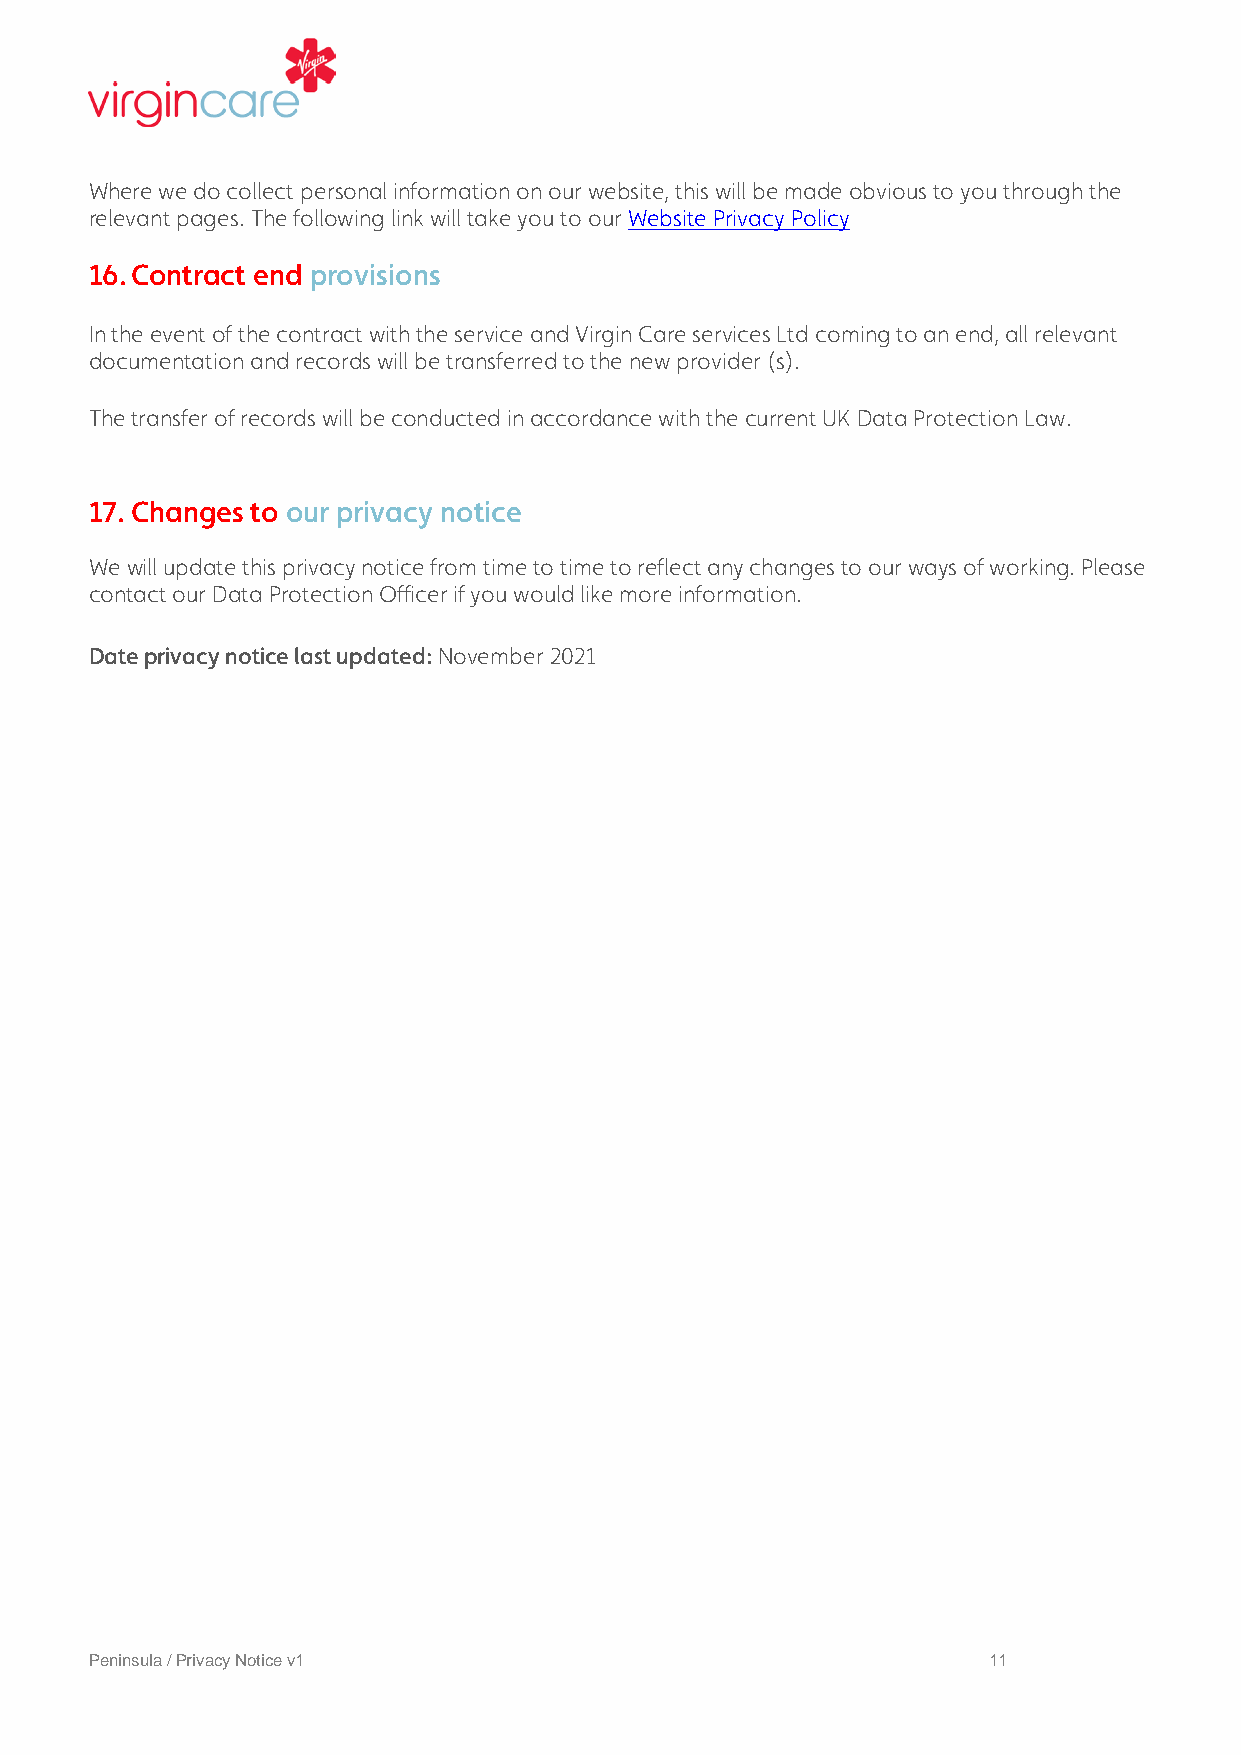
Where we do collect personal information on our website, this will be made obvious to you through the
 relevant pages. The following link will take you to our Website Privacy Policy
 16. Contract end provisions
 In the event of the contract with the service and Virgin Care services Ltd coming to an end, all relevant
 documentation and records will be transferred to the new provider (s).
 The transfer of records will be conducted in accordance with the current UK Data Protection Law.
 17. Changes to our privacy notice
 We will update this privacy notice from time to time to reflect any changes to our ways of working. Please
 contact our Data Protection Officer if you would like more information.
 Date privacy notice last updated: November 2021
 Peninsula / Privacy Notice v1                              11